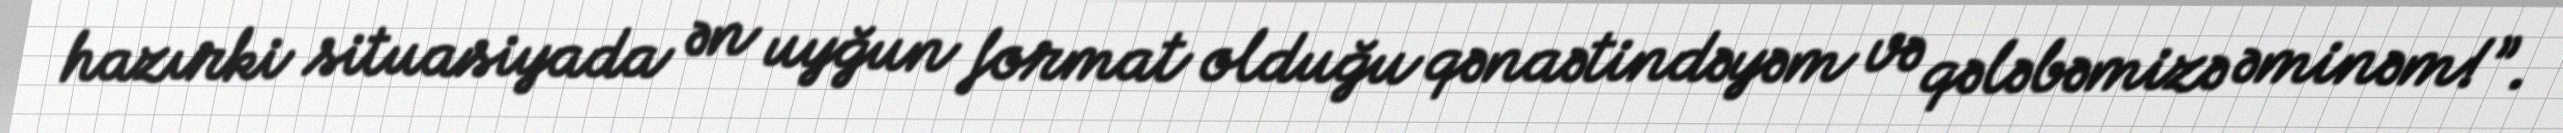
hazırki situasiyada ən uyğun format olduğu qənaətindəyəm və qələbəmizə əminəm!”.